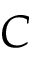
C